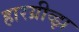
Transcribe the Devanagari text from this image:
हारग्रीव्झ